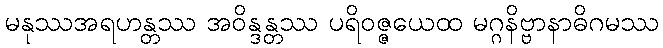
မနုဿအရဟန္တဿ အဝိန္ဒန္တဿ ပရိဝဇ္ဇယေထ မဂ္ဂနိဗ္ဗာနာဓိဂမဿ